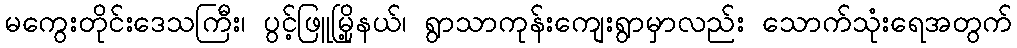
မကွေးတိုင်းဒေသကြီး၊ ပွင့်ဖြူမြို့နယ်၊ ရွာသာကုန်းကျေးရွာမှာလည်း သောက်သုံးရေအတွက်